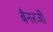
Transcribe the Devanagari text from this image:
बैनरजी